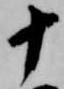
十